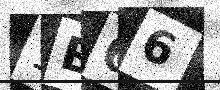
Text: 1B66